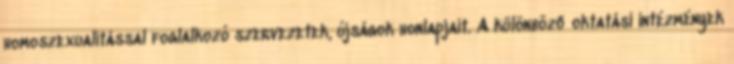
homoszexualitással foglalkozó szervezetek, újságok honlapjait. A különböző oktatási intézmények